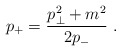
\begin{align*} p_{+} = \frac{p_{\perp}^{2}+m^{2}}{2p_{-}} \ .\end{align*}